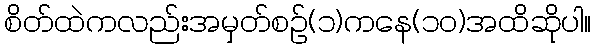
စိတ်ထဲကလည်းအမှတ်စဉ်(၁)ကနေ(၁၀)အထိဆိုပါ။